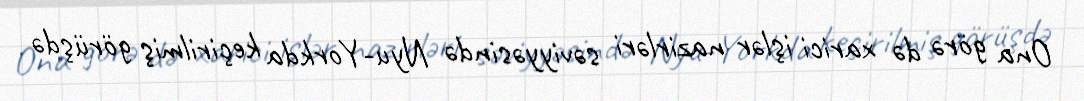
Ona görə də xarici işlər nazirləri səviyyəsində Nyu-Yorkda keçirilmiş görüşdə